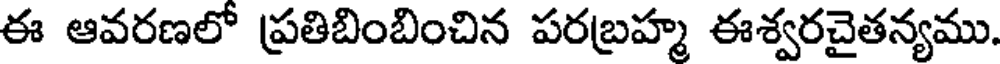
ఈ ఆవరణలో ప్రతిబింబించిన పరబ్రహ్మ ఈశ్వరచైతన్యము.